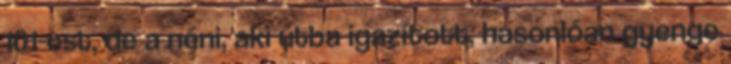
101-est, de a néni, aki útba igazított, hasonlóan gyenge